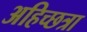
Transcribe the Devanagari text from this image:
अहिच्छत्रा